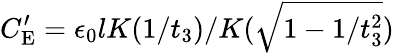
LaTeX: C_{\mathrm{E}}^{\prime}=\epsilon_{0}lK(1/t_{3})/K(\sqrt{1-1/t_{3}^{2}})